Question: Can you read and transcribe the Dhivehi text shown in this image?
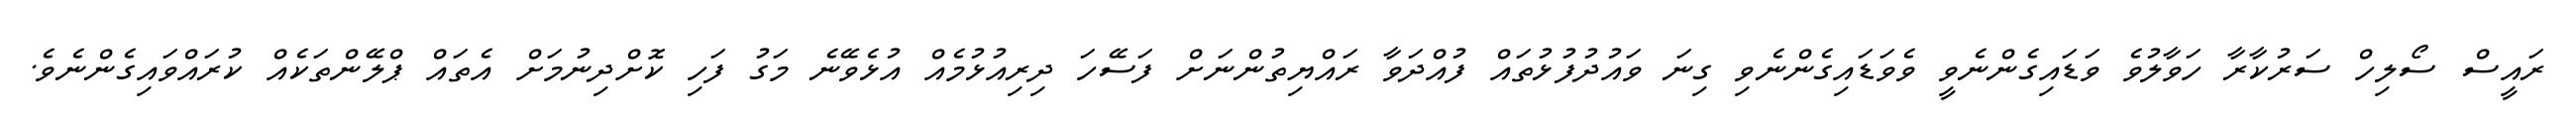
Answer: ރައީސް ސޯލިހް ސަރުކާރާ ހަވާލުވެ ވަޑައިގެންނެވީ ވެވަޑައިގެންނެވި ގިނަ ވައުދުފުޅުތައް ފުއްދަވާ ރައްޔިތުންނަށް ފަސޭހަ ދިރިއުޅުމެއް އުޅެވޭނެ މަގު ފަހި ކޮށްދިނުމަށް އެތައް ޕްލޭންތަކެއް ކުރައްވައިގެންނެވެ.